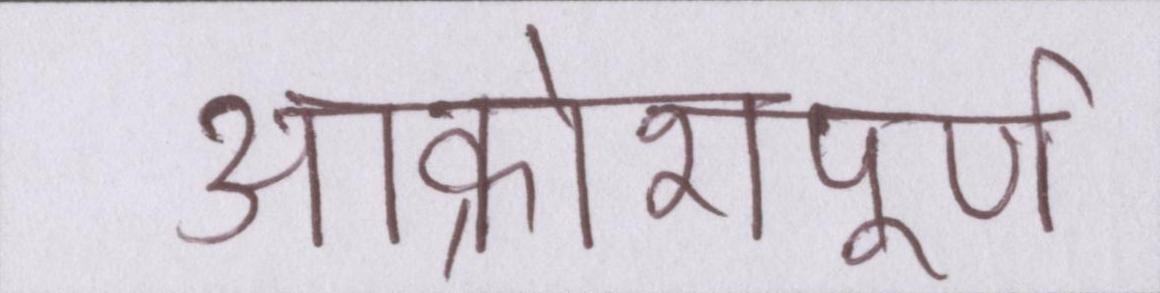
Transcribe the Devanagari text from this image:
आक्रोशपूर्ण